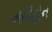
મનીહોન